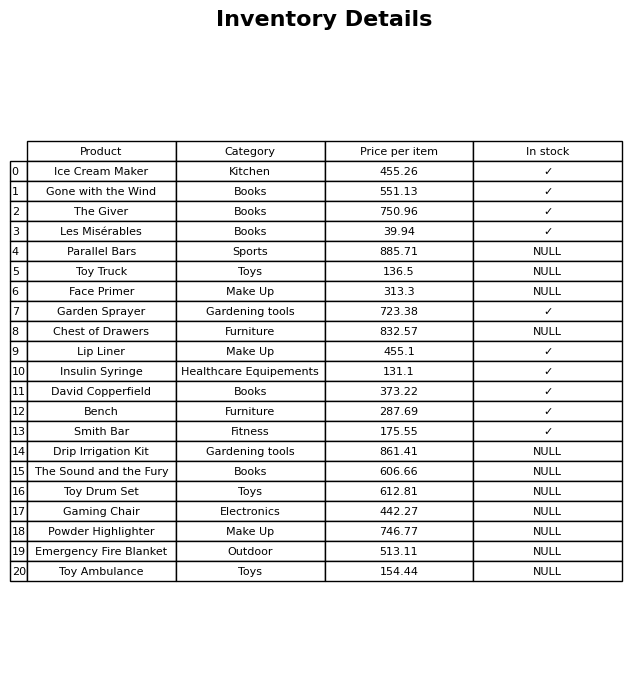
question: What is the stock status of the Ice Cream Maker?
answer: ✓